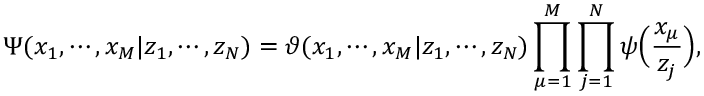
\Psi ( x _ { 1 } , \cdots , x _ { M } | z _ { 1 } , \cdots , z _ { N } ) = \vartheta ( x _ { 1 } , \cdots , x _ { M } | z _ { 1 } , \cdots , z _ { N } ) \prod _ { \mu = 1 } ^ { M } \prod _ { j = 1 } ^ { N } \psi \Bigl ( \frac { x _ { \mu } } { z _ { j } } \Bigr ) ,